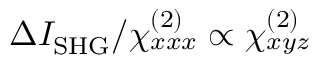
\Delta I _ { \mathrm { S H G } } / \chi _ { x x x } ^ { ( 2 ) } \propto \chi _ { x y z } ^ { ( 2 ) }